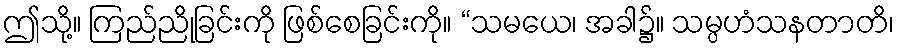
ဤသို့။ ကြည်ညိုခြင်းကို ဖြစ်စေခြင်းကို။ “သမယေ၊ အခါ၌။ သမ္ပဟံသနတာတိ၊